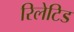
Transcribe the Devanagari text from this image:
रिलेटिड